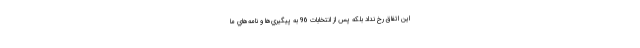
اين اتفاق رخ نداد بلكه پس از انتخابات 96 به پيگيري‌ها و نامه‌هاي ما